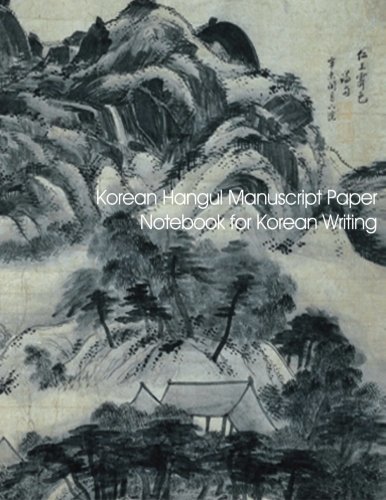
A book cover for Korean Hangul Manuscript Paper: Notebook for Korean Writing with diamond grid; Spicy Journals; Reference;